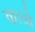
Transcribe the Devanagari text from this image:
कात्रो